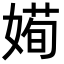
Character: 𡟱